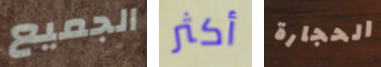
الجميع أكثر الحجارة